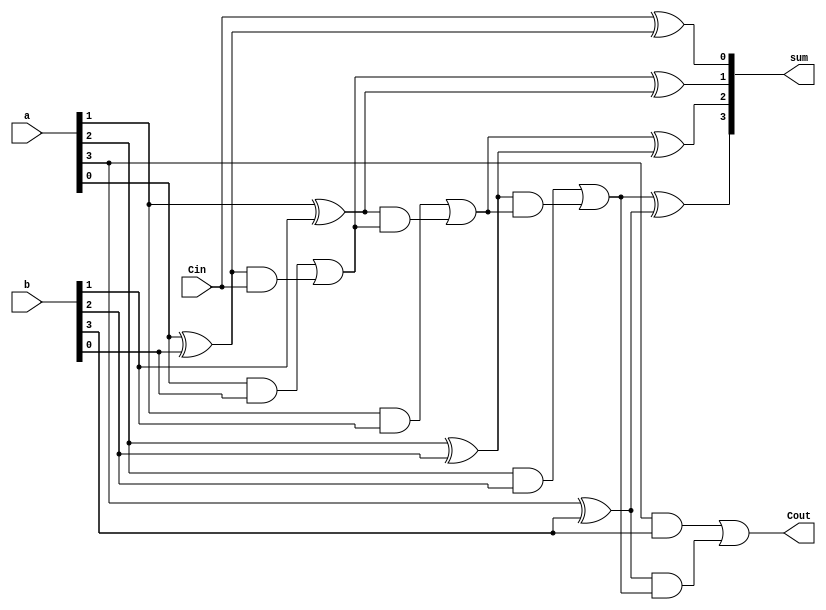
module q2_cla(Cout, sum,Cin,a,b);
input [3:0] a, b;
input Cin;
output Cout;
output [3:0] sum;
wire [3:0] g,p,c;


and #10 and0(g[0],a[0],b[0]);
xor #10 xor0(p[0],a[0],b[0]);
xor #10 sum0(sum[0],Cin,p[0]);

and #10 and1(g[1],a[1],b[1]);
xor #10 xor1(p[1],a[1],b[1]);
assign c[1] = g[0] | (p[0] & Cin);
xor #10 sum1(sum[1],c[1],p[1]);

and #10 and2(g[2],a[2],b[2]);
xor #10 xor2(p[2],a[2],b[2]);
assign c[2] = g[1] | (p[1] & c[1]);
xor #10 sum2(sum[2],c[2],p[2]);

and #10 and3(g[3],a[3],b[3]);
xor #10 xor3(p[3],a[3],b[3]);
assign c[3] = g[2] | (p[2] & c[2]);
xor #10 sum3(sum[3],c[3],p[3]);

assign Cout = g[3] | (p[3] & c[3]);

endmodule